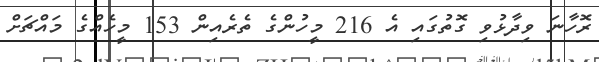
ރޮހާނަ ވިދާޅުވި ގޮތުގައި އެ 216 މީހުންގެ ތެރެއިން 153 މީހެއްގެ މައްޗަށް